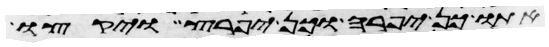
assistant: אתו כן יפרה וכן יפרץ ויקצו